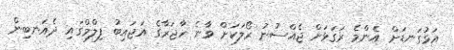
އަޅުގަނޑަށް އެންމެ ރަގަޅަށް ޖެއްސުނު ރޯލަކަށް ވާނެ ހާޖަރާގެ އަޖައިބު ފިލްމްގައި ދެއަނބިން